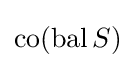
\operatorname {co} (\operatorname {bal} S)